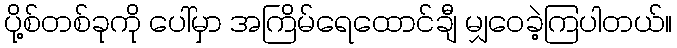
ပို့စ်တစ်ခုကို ပေါ်မှာ အကြိမ်ရေထောင်ချီ မျှဝေခဲ့ကြပါတယ်။